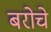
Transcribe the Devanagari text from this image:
बरोचे